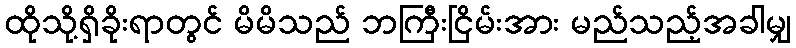
ထိုသို့ရှိခိုးရာတွင် မိမိသည် ဘကြီးငြိမ်းအား မည်သည့်အခါမျှ